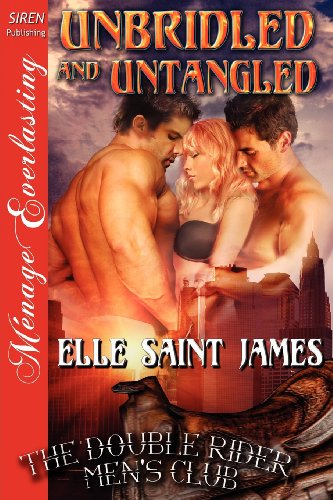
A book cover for Unbridled and Untangled [The Double Rider Men's Club 8] (Siren Publishing Menage Everlasting); Elle Saint James; Romance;